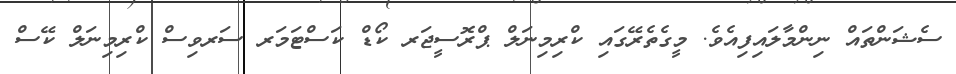
ސެޝަންތައް ނިންމާލައިފިއެވެ. މީގެތެރޭގައި ކްރިމިނަލް ޕްރޮސީޖަރ ކޯޑް ކަސްޓަމަރ ސަރވިސް ކްރިމިނަލް ކޭސް